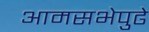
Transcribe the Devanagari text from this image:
आमसभेपुढे